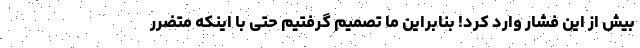
بیش از این فشار وارد کرد! بنابراین ما تصمیم گرفتیم حتی با اینکه متضرر